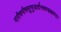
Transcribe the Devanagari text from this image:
मारीचनीचसुभुजार्दनचण्डकाण्ड।